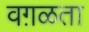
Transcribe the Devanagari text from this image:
वग़ळता